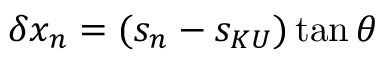
\delta x _ { n } = ( s _ { n } - s _ { K U } ) \tan \theta